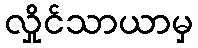
လှိုင်သာယာမှ